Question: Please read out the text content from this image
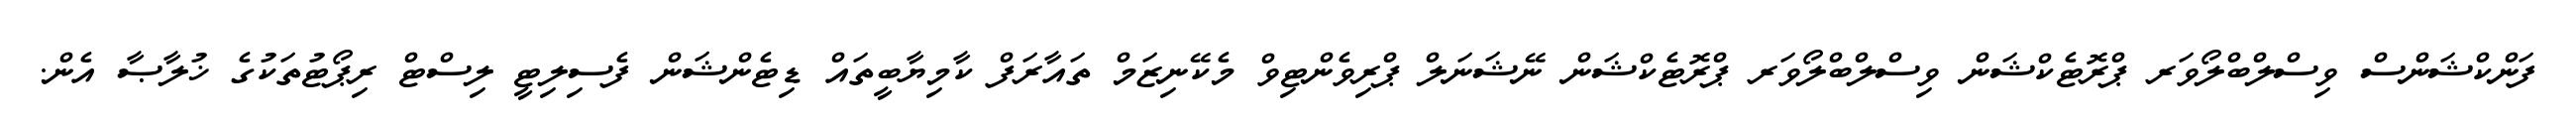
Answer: ފަންކްޝަންސް ވިސްލްބްލޯވަރ ޕްރޮޓެކްޝަން ވިސްލްބްލޯވަރ ޕްރޮޓެކްޝަން ނޭޝަނަލް ޕްރިވެންޓިވް މެކޭނިޒަމް ތައާރަފް ކާމިޔާބީތައް ޑިޓެންޝަން ފެސިލިޓީ ލިސްޓް ރިޕޯޓުތަކުގެ ޚުލާޞާ އެން.